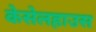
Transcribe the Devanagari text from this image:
केसेलहाउस